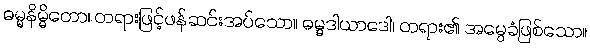
ဓမ္မနိမ္မိတော၊ တရားဖြင့်ဖန်ဆင်းအပ်သော။ ဓမ္မဒါယာဒေါ၊ တရား၏ အမွေခံဖြစ်သော။